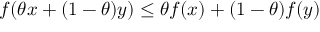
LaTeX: f ( \theta x + ( 1 - \theta ) y ) \leq \theta f ( x ) + ( 1 - \theta ) f ( y )